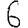
Digit: 6